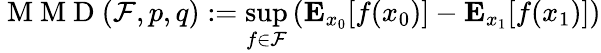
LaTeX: \mathrm{~M~M~D~}(\mathcal{F},p,q):=\operatorname*{sup}_{f\in\mathcal{F}}\left(\mathbf{E}_{x_{0}}[f(x_{0})]-\mathbf{E}_{x_{1}}[f(x_{1})]\right)